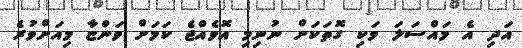
އަދި އެ މައްސަލަ ވަކި ގޮތަކަށް ނުނިމި އޮވެއްޖެ ކަމަށް ވަންޏާ މިއަށްވުރެ